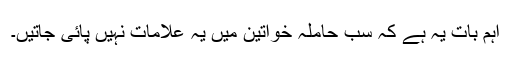
اہم بات یہ ہے کہ سب حاملہ خواتین میں یہ علامات نہیں پائی جاتیں۔